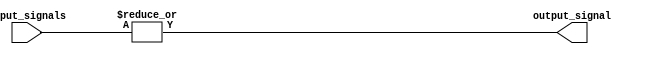
module OR_Gate_64_input (
    input [63:0] input_signals,
    output output_signal
);

assign output_signal = |input_signals;

endmodule